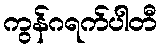
ကွန်ဂရက်ပါတီ